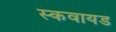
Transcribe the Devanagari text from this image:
स्कवायड